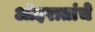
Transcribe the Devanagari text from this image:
ओइरातांचे